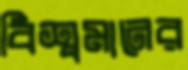
বিশ্বমানের